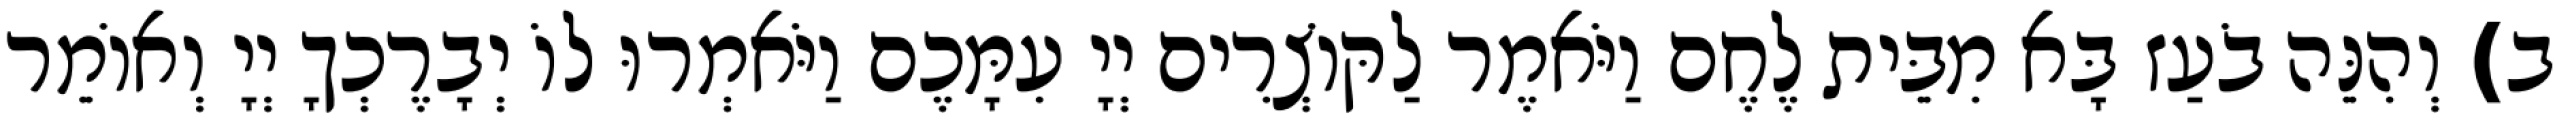
ב) וְהִנֵּה בֹעַז בָּא מִבֵּית לֶחֶם וַיֹּאמֶר לַקּוֹצְרִים יְיָ עִמָּכֶם וַיֹּאמְרוּ לוֹ יְבָרֶכְךָ יְיָ וְאוֹמֵר